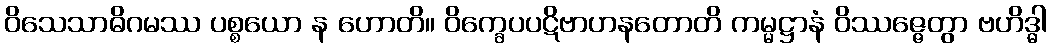
ဝိသေသာဓိဂမဿ ပစ္စယော န ဟောတိ။ ဝိက္ခေပပဋိဗာဟနတောတိ ကမ္မဋ္ဌာနံ ဝိဿဇ္ဇေတွာ ဗဟိဒ္ဓါ